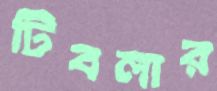
টিবলার